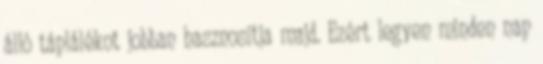
álló táplálékot jobban hasznosítja majd. Ezért legyen minden nap